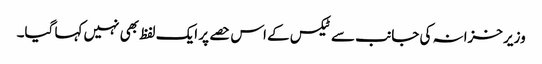
وزیر خزانہ کی جانب سے ٹیکس کے اس حصے پر ایک لفظ بھی نہیں کہا گیا۔